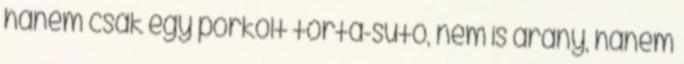
hanem csak egy pörkölt torta-sütő, nem is arany, hanem